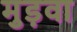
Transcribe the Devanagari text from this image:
मुड़वा